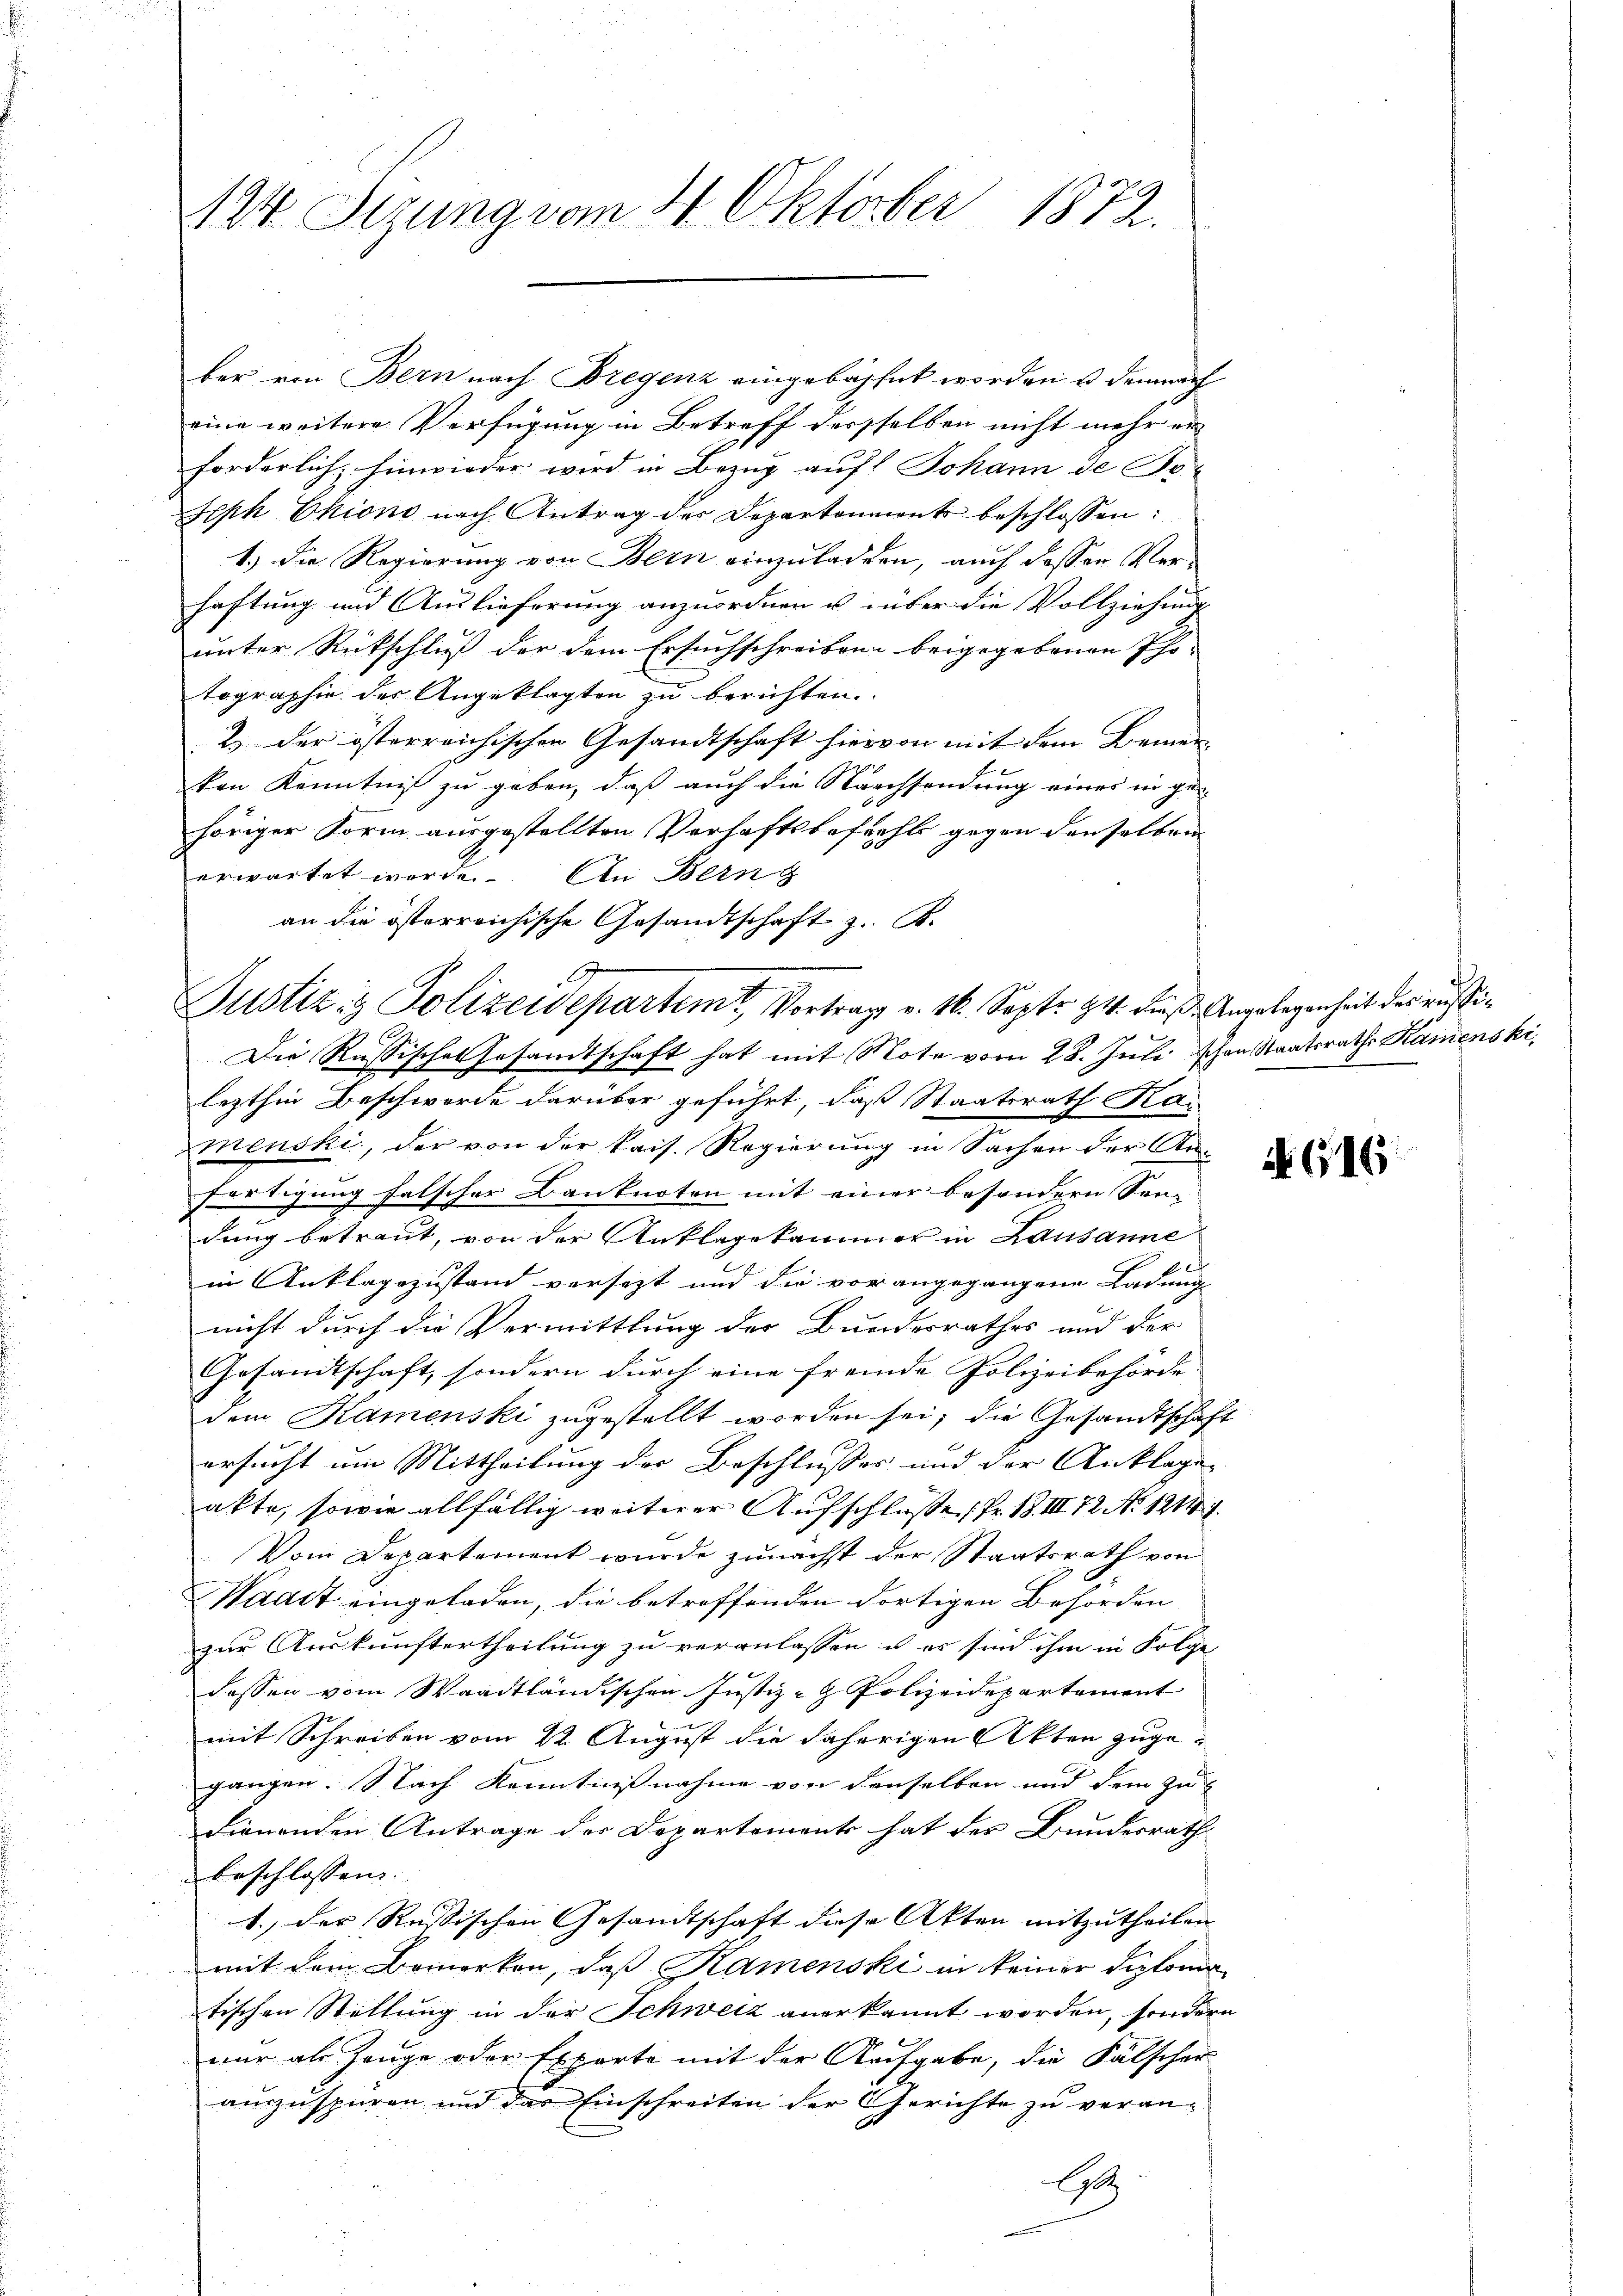
124. Sizung vom 4. Oktober 1872.

ber von Bern nach Bregenz eingebühret worden u demnach
eine weitere Verfügung in Betreff derselben nicht mehr er
forderlich, hinwieder wird in Bezug auf Johann de Po-
Seph Ekiono nach Antrag der Departenments beschlossen:
1.) Die Regierung von Bern einzuladen, auch dassen Verhaftung und Auslieferung anzuordnen u. über die Vollziehung
unter Rückschluß der dem Ersuchschreiben beigegebenen Pho-
tographie der Angeklagten zu berichten.
2) der österreichischen Gesandtschaft hiervon mit dem Beiner |
kon Kenntniß zu geben, daß auch die Nachsendung eines in gehöriger Form ausgestellten Verhaftsbefehls gegen denselben
erwartet werde. An Bling
an die österreichische Gesandtschaft z. B.
Justiz & Polizeidepartemt, Vortrage v. M. Sept. 14. dieß Angelegenheit des außi¬
Die Russisches Gesandtschaft hat mit Note vom 28. Juli schon Staatsrathe Kamenski,
lezthin Beschwerde darüber geführt, daß Staatsrath Ka-
menski, der von der kais. Regierung in Sachen der Anfortigung falscher Banknoten mit einer besondern Sen- |
dung betraut, von der Anklagekammer in Lausanne
in Anklagezustand versetzt und die vorangegangene Ladung
nicht durch die Vermittlung der Bundesrathes und der
Gesandtschaft, sondern durch eine fremde Polizeibehörde
dem Kamenski zugestellt worden sei; die Gesandtschaft
ersucht am Mittheilung der Beschlusses und der Anklage-
akte, sowie allfällig weiterer Aufschluße, Fr. 18. III 72 No 12141.
Vom Departement wurde zunächst der Staatsrath von
Waadt eingeladen, die betreffenden dortigen Behörden
zur Auskunftertheilung zu veranlassen u es sind ihm in Folge
dassen vom Waadtländischen Justiz- & Polizeidepartement
mit Schreiben vom 22. August die daherigen Akten zugegangen. Nach Kenntnisnahme von denselben und dem zu- |
dienenden Antrage der Departements hat der Bundesrath
beschlossen:
.) der Russischen Gesandtschaft diese Akten mitzutheilen.
mit dem Bemerken, daß Kamenski in keiner Diplomatischen Stellung in der Schweiz anerkannt worden, sondern
nur als Zeuge oder Experte mit der Aufgabe, die Fälscher
auszuspüren und das Einschreiten der Gerichte zu veran-
ltz

NG16